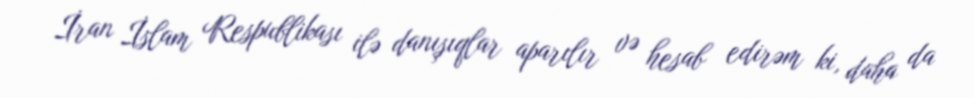
İran İslam Respublikası ilə danışıqlar aparılır və hesab edirəm ki, daha da